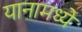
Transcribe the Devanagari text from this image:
यानामध्ये